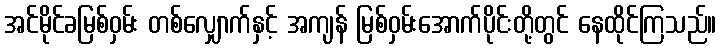
အင်မိုင်ခမြစ်ဝှမ်း တစ်လျှောက်နှင့် အကျန် မြစ်ဝှမ်းအောက်ပိုင်းတို့တွင် နေထိုင်ကြသည်။